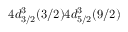
4 d _ { 3 / 2 } ^ { 3 } ( 3 / 2 ) 4 d _ { 5 / 2 } ^ { 3 } ( 9 / 2 )